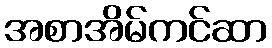
အစာအိမ်ကင်ဆာ